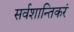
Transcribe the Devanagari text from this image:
सर्वशान्तिकरं